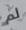
لم